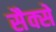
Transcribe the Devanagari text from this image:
सैक्से